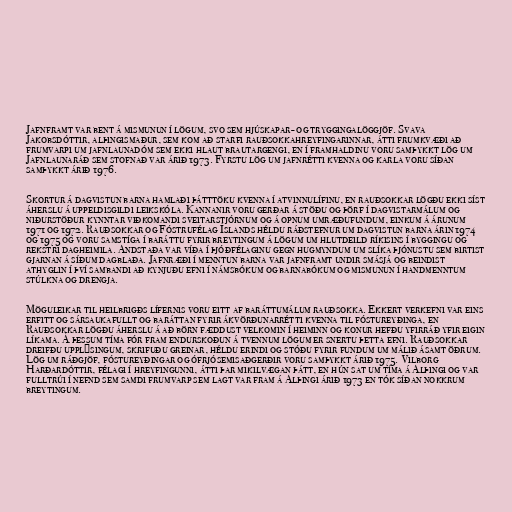
Jafnframt var bent á mismunun í lögum, svo sem hjúskapar- og tryggingalöggjöf. Svava
Jakobsdóttir, alþingismaður, sem kom að starfi rauðsokkahreyfingarinnar, átti frumkvæði að
frumvarpi um jafnlaunadóm sem ekki hlaut brautargengi, en í framhaldinu voru samþykkt lög um
Jafnlaunaráð sem stofnað var árið 1973. Fyrstu lög um jafnrétti kvenna og karla voru síðan
samþykkt árið 1976.

Skortur á dagvistun barna hamlaði þátttöku kvenna í atvinnulífinu, en rauðsokkar lögðu ekki síst
áherslu á uppeldisgildi leikskóla. Kannanir voru gerðar á stöðu og þörf í dagvistarmálum og
niðurstöður kynntar viðkomandi sveitarstjórnum og á opnum umræðufundum, einkum á árunum
1971 og 1972. Rauðsokkar og Fóstrufélag Íslands héldu ráðstefnur um dagvistun barna árin 1974
og 1975 og voru samstíga í baráttu fyrir breytingum á lögum um hlutdeild ríkisins í byggingu og
rekstri dagheimila. Andstaða var víða í þjóðfélaginu gegn hugmyndum um slíka þjónustu sem birtist
gjarnan á síðum dagblaða. Jafnræði í menntun barna var jafnframt undir smásjá og beindist
athyglin í því sambandi að kynjuðu efni í námsbókum og barnabókum og mismunun í handmenntum
stúlkna og drengja.

Möguleikar til heilbrigðs lífernis voru eitt af baráttumálum rauðsokka. Ekkert verkefni var eins
erfitt og sársaukafullt og baráttan fyrir ákvörðunarrétti kvenna til fóstureyðinga, en
Rauðsokkar lögðu áherslu á að börn fæddust velkomin í heiminn og konur hefðu yfirráð yfir eigin
líkama. Á þessum tíma fór fram endurskoðun á tvennum lögum er snertu þetta efni. Rauðsokkar
dreifðu upplýsingum, skrifuðu greinar, héldu erindi og stóðu fyrir fundum um málið ásamt öðrum.
Lög um ráðgjöf, fóstureyðingar og ófrjósemisaðgerðir voru samþykkt árið 1975. Vilborg
Harðardóttir, félagi í hreyfingunni, átti þar mikilvægan þátt, en hún sat um tíma á Alþingi og var
fulltrúi í nefnd sem samdi frumvarp sem lagt var fram á Alþingi árið 1973 en tók síðan nokkrum
breytingum.